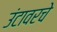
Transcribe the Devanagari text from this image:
उंटावरचे